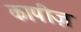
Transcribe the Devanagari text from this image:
कापीज़